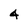
Character: 4